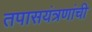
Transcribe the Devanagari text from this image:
तपासयंत्रणांची